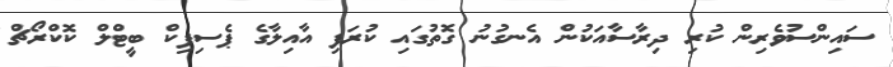
ސައިންސުވެރިން ކުރި ދިރާސާއަކުން އެނގުނު ގޮތުގައި ކުރަފި އާއިލާގެ ޕެސިފިކް ބީޓްލް ކޮކްރޯޗް